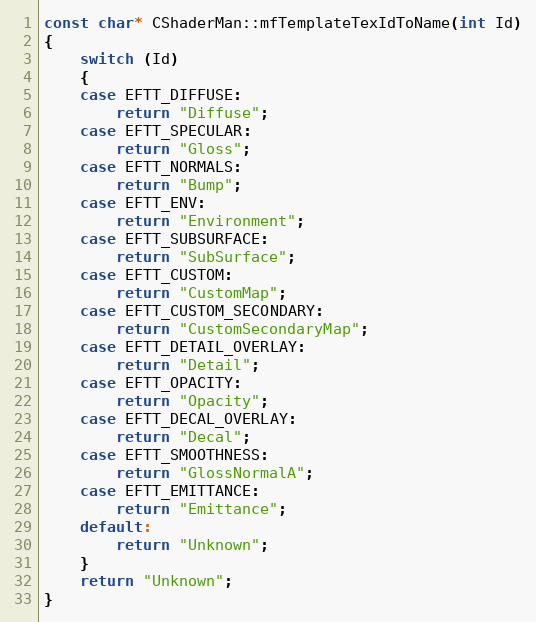
Language: C++
const char* CShaderMan::mfTemplateTexIdToName(int Id)
{
	switch (Id)
	{
	case EFTT_DIFFUSE:
		return "Diffuse";
	case EFTT_SPECULAR:
		return "Gloss";
	case EFTT_NORMALS:
		return "Bump";
	case EFTT_ENV:
		return "Environment";
	case EFTT_SUBSURFACE:
		return "SubSurface";
	case EFTT_CUSTOM:
		return "CustomMap";
	case EFTT_CUSTOM_SECONDARY:
		return "CustomSecondaryMap";
	case EFTT_DETAIL_OVERLAY:
		return "Detail";
	case EFTT_OPACITY:
		return "Opacity";
	case EFTT_DECAL_OVERLAY:
		return "Decal";
	case EFTT_SMOOTHNESS:
		return "GlossNormalA";
	case EFTT_EMITTANCE:
		return "Emittance";
	default:
		return "Unknown";
	}
	return "Unknown";
}